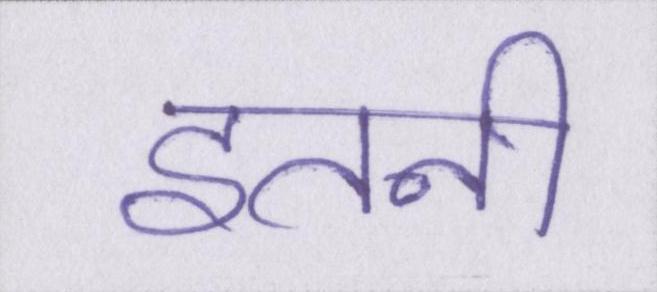
इतनी